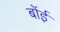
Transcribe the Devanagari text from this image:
बोंई